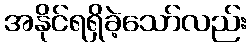
အနိုင်ရရှိခဲ့သော်လည်း